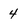
Character: 4